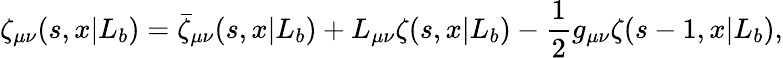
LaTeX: \zeta_{\mu\nu}(s,x|L_{b})=\bar{\zeta}_{\mu\nu}(s,x|L_{b})+L_{\mu\nu}\zeta(s,x|L_{b})-{\frac{1}{2}}g_{\mu\nu}\zeta(s-1,x|L_{b}),